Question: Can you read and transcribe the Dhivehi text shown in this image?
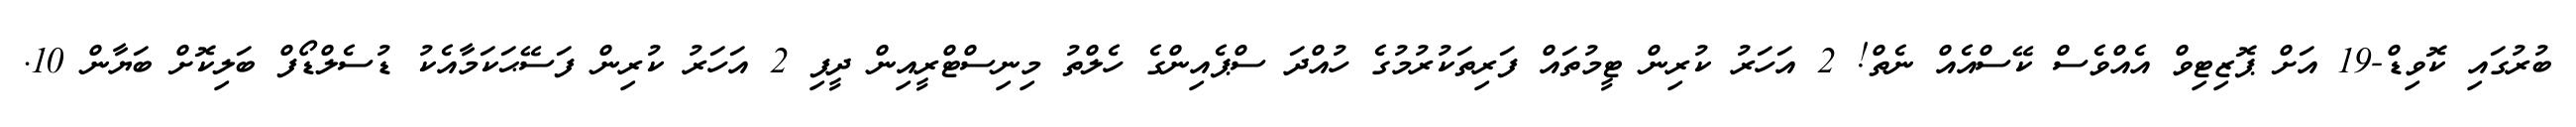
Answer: ބުރުގައި ކޮވިޑް-19 އަށް ޕޮޒިޓިވް އެއްވެސް ކޭސްއެއް ނެތް! 2 އަހަރު ކުރިން ޓީމުތައް ފަރިތަކުރުމުގެ ހުއްދަ ސްޕެއިންގެ ހެލްތު މިނިސްޓްރީއިން ދީފި 2 އަހަރު ކުރިން ފަސޭޙަކަމާއެކު ޑުސެލްޑޯފް ބަލިކޮށް ބަޔާން 10.